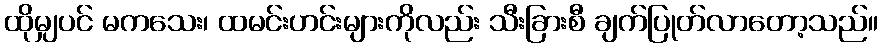
ထိုမျှပင် မကသေး၊ ထမင်းဟင်းများကိုလည်း သီးခြားစီ ချက်ပြုတ်လာတော့သည်။